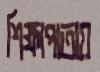
শিক্ষাপাতায়